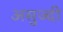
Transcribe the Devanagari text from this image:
असुज्दी